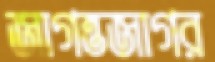
জাগন্তজাগর